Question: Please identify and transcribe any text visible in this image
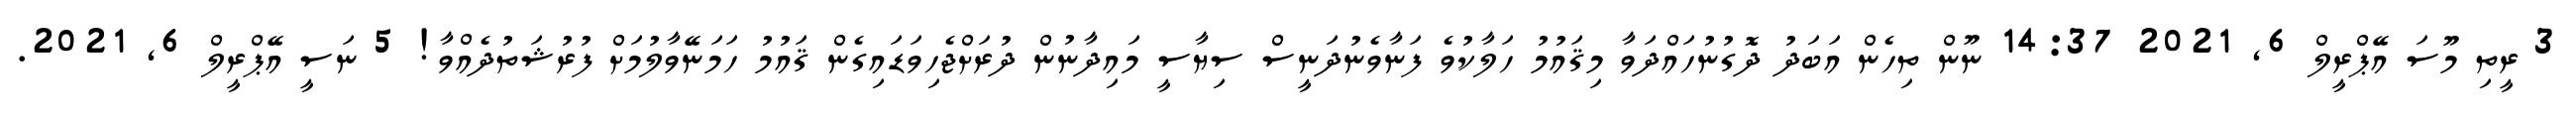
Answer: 3 ރީތި މޫސަ އޭޕްރީލް 6, 2021 14:37 ނޫން ތިހެން އަބަދު ދޮގުނުހައްދަވާ މިޤައުމު ހަލާކުވެ ފަނާވެނުދަނީސް ސިޔާސީ މައިދާނުން ދުރަށްޖެހިވަޑައިގެން ޤައުމު ހަމަނޭވާލުމަށް ފުރުޝަތުދެއްވާ! 5 ނަސީ އޭޕްރީލް 6, 2021.